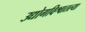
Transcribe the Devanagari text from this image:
उद्योगविश्वातल्या